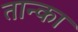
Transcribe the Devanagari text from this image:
तान्का